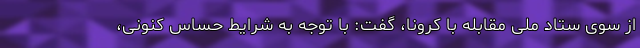
از سوی ستاد ملی مقابله با کرونا، گفت: با توجه به شرایط حساس کنونی،